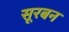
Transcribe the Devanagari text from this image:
सूरबन